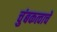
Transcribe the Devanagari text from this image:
चुंबकत्वाचे